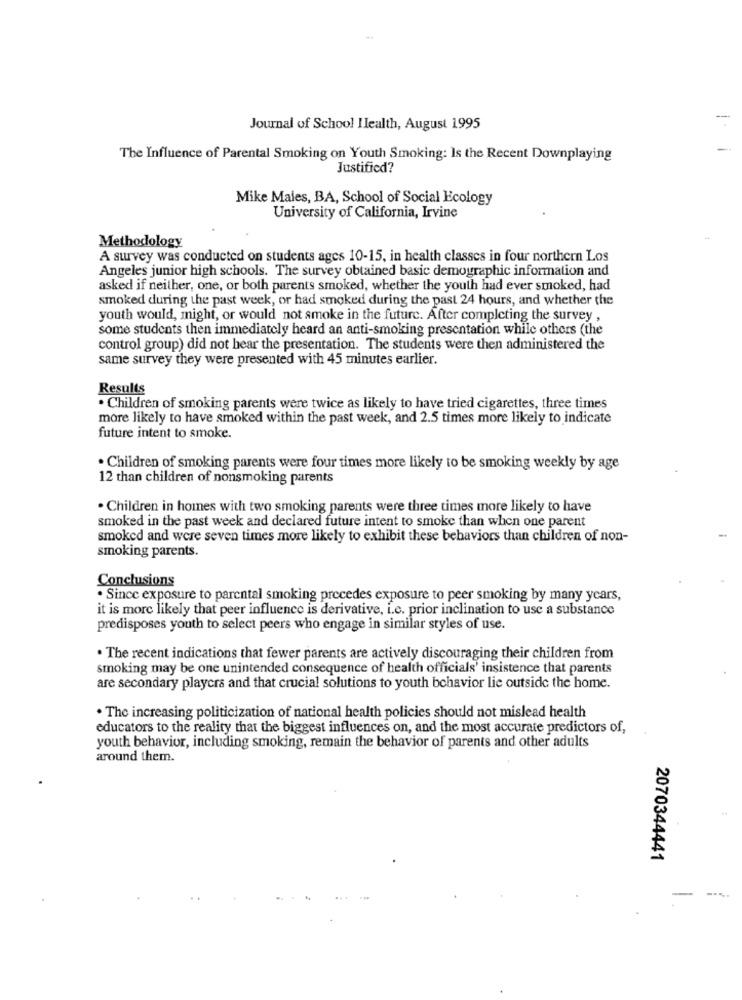
-
Journal of School Health, August 1995
The Influence of Parental Smoking on Youth Smoking: Is the Recent Downplaying
Justified?
Mike Males, BA, School of Social Ecology
University of California, Irvine
Methodology
A survey was conducted on students ages 10-15, in health classes in four northern Los
Angeles junior high schools. The survey obtained basic demographic information and
asked if neither, one, or both parents smoked, whether the youth had ever smoked, had
smoked during the past week, or had smoked during the past 24 hours, and whether the
youth would, might, or would not smoke in the future. After completing the survey ,
some students then immediately heard an anti-smoking presentation while others (the
control group) did not hear the presentation. The students were then administered the
same survey they were presented with 45 minutes earlier.
Results
. Children of smoking parents were twice as likely to have tried cigarettes, three times
more likely to have smoked within the past week, and 2.5 times more likely to indicate
future intent to smoke.
. Children of smoking parents were four times more likely to be smoking weekly by age
12 than children of nonsmoking parents
. Children in homes with two smoking parents were three times more likely to have
smoked in the past week and declared future intent to smoke than when one parent
smoked and were seven times more likely to exhibit these behaviors than children of non-
smoking parents.
Conclusions
. Since exposure to parental smoking precedes exposure to peer smoking by many years,
it is more likely that peer influence is derivative, i.c. prior inclination to use a substance
predisposes youth to select peers who engage in similar styles of use.
. The recent indications that fewer parents are actively discouraging their children from
smoking may be one unintended consequence of health officials' insistence that parents
are secondary players and that crucial solutions to youth behavior lie outside the home.
. The increasing politicization of national health policies should not mislead health
educators to the reality that the biggest influences on, and the most accurate predictors of,
youth behavior, including smoking, remain the behavior of parents and other adults
around them.
2070344441
--